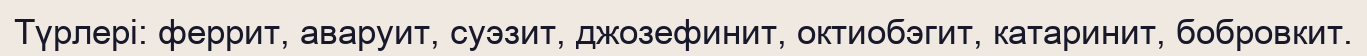
Түрлері: феррит, аваруит, суэзит, джозефинит, октиобэгит, катаринит, бобровкит.